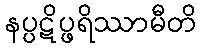
နပ္ပဋိပ္ဖရိဿာမီတိ